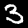
Label: 3